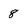
Character: 8